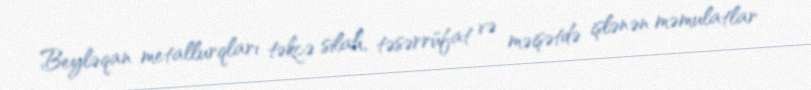
Beyləqan metallurqları təkcə silah, təsərrüfat və məişətdə işlənən məmulatlar